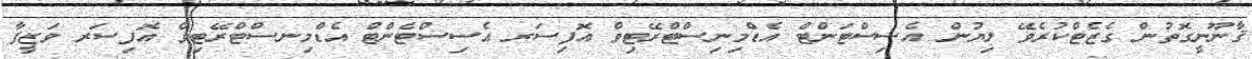
ޤާނޫނީގޮތުން ގެޒެޓްކުރެވޭ ލިޔުން އެސިސްޓަންޓް އެޑްމިނިސްޓްރޭޓިވް އޮފިސަރ އެސިސްޓެންޓް އެޑްމިނސްޓްރޭޓިވް އޮފިސަރ ވަޒީފާ